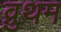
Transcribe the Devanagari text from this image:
व्रुथम